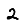
Digit: 2